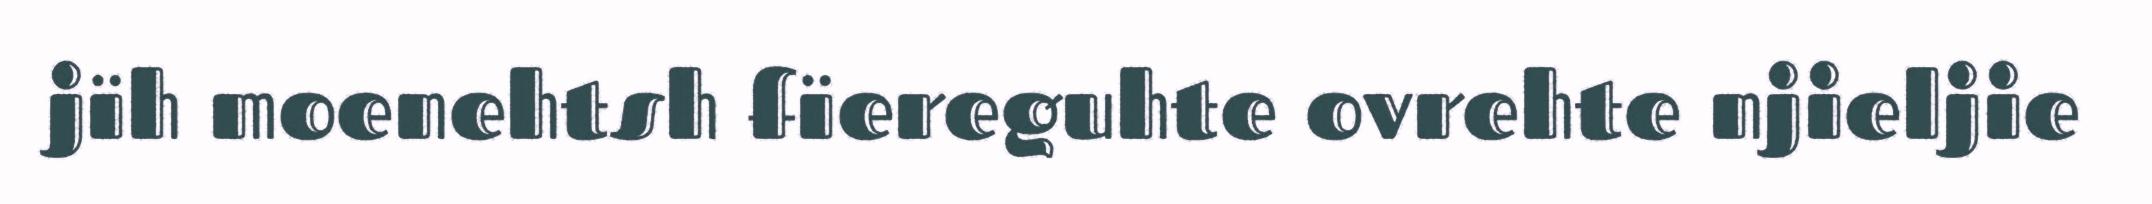
jïh moenehtsh fïereguhte ovrehte njieljie